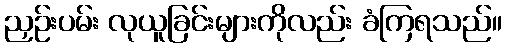
ညှဉ်းပမ်း လုယူခြင်းများကိုလည်း ခံကြရသည်။